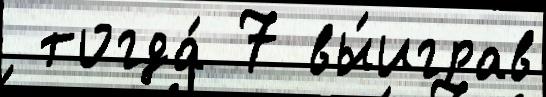
 тогда́ 7 вы́играв